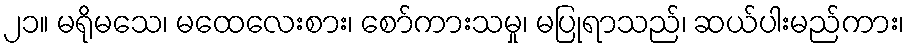
၂၁။ မရိုမသေ၊ မထေလေးစား၊ စော်ကားသမှု၊ မပြုရာသည်၊ ဆယ်ပါးမည်ကား၊